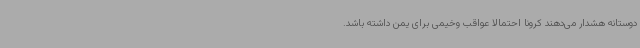
دوستانه هشدار می‌دهند کرونا احتمالا عواقب وخیمی برای یمن داشته باشد.